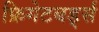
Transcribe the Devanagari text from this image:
फ्रिगेटबर्ड्स